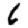
Digit: 6